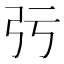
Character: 㢪